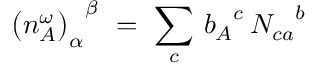
{ \bigl ( n _ { A } ^ { \omega } \bigr ) _ { \alpha } } ^ { \beta } \ = \ \sum _ { c } \, { b _ { A } } ^ { c } \, { N _ { c a } } ^ { b }